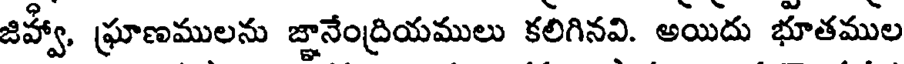
జిహ్వా, ఘ్రాణములను జ్ఞానేంద్రియములు కలిగినవి. అయిదు భూతముల